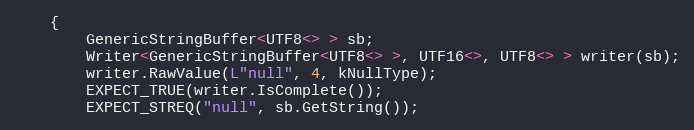
Language: C++
    {
        GenericStringBuffer<UTF8<> > sb;
        Writer<GenericStringBuffer<UTF8<> >, UTF16<>, UTF8<> > writer(sb);
        writer.RawValue(L"null", 4, kNullType);
        EXPECT_TRUE(writer.IsComplete());
        EXPECT_STREQ("null", sb.GetString());